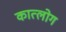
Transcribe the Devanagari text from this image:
कात्लोग